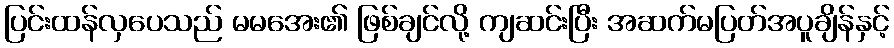
ပြင်းထန်လှပေသည် မမအေး၏ ဖြစ်ချင်လို့ ကျဆင်းပြီး အဆက်မပြတ်အပူချိန်နှင့်